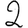
Digit: 2